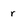
Character: r